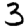
Digit: 3